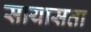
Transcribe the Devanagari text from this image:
सायासता